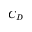
C _ { D }